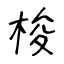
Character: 梭